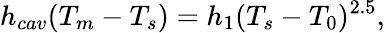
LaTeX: h_{cav}(T_{m}-T_{s})=h_{1}(T_{s}-T_{0})^{2.5},